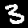
Label: 3